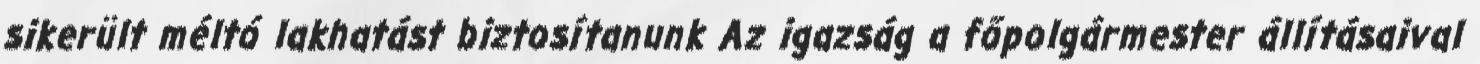
sikerült méltó lakhatást biztosítanunk Az igazság a főpolgármester állításaival